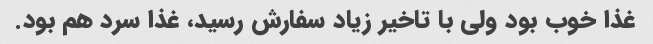
غذا خوب بود ولی با تاخیر زیاد سفارش رسید، غذا سرد هم بود.